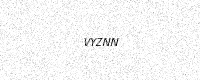
Text: VYZNN